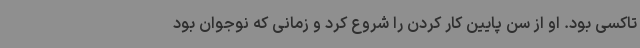
تاکسی بود. او از سن پایین کار کردن را شروع کرد و زمانی که نوجوان بود